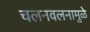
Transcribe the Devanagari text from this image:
चलनवलनामुळे